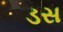
ડસ